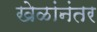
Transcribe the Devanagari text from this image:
खेळांनंतर